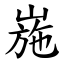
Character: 崺